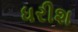
ધરીશ